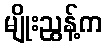
မျိုးညွန့်က